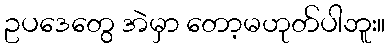
ဥပဒေတွေ အဲမှာ တော့မဟုတ်ပါဘူး။